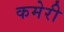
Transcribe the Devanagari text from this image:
कमेरी